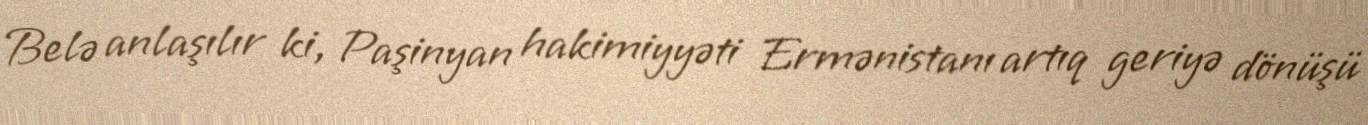
Belə anlaşılır ki, Paşinyan hakimiyyəti Ermənistanı artıq geriyə dönüşü